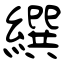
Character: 繏